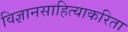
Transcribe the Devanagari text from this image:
विज्ञानसाहित्याकरिता